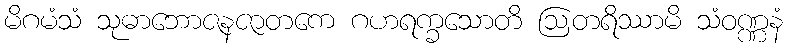
မိဂမံသံ သုဓာဘောဇနဇာတကေ ဂဟရက္ခသောတိ ဩတရိဿာမိ သံဝဏ္ဏနံ